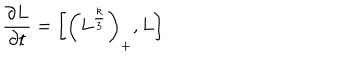
{ \frac { \partial L } { \partial t } } = \left[ \left( L ^ { \frac { k } { 3 } } \right) _ { + } , L \right]